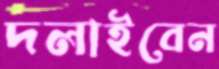
দলাইবেন